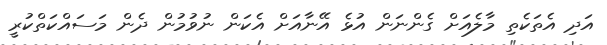
އަދި އެތަކެތި މާލެއަށް ގެންނަން އުޅެ އޭނާއަށް އެކަން ނުވުމުން ދެން މަސައްކަތްކުރީ